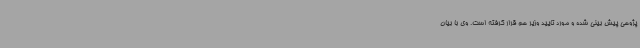
پژوهی پیش بینی شده و مورد تایید وزیر هم قرار گرفته است. وی با بیان